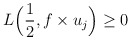
\begin{align*}L\Big(\frac12,f\times u_j\Big)\geq0\end{align*}